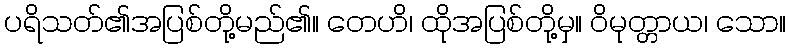
ပရိသတ်၏အပြစ်တို့မည်၏။ တေဟိ၊ ထိုအပြစ်တို့မှ။ ဝိမုတ္တာယ၊ သော။